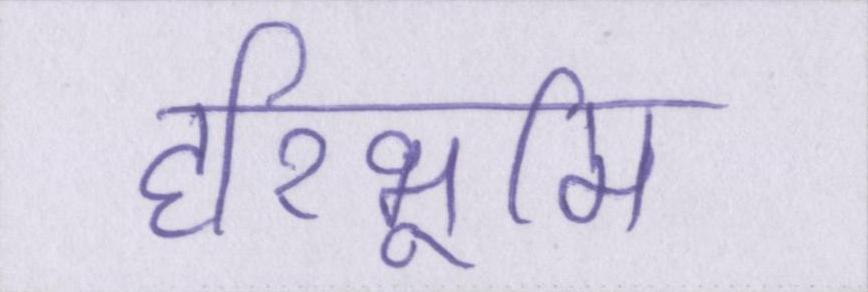
हरिभूमि